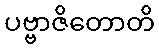
ပဗ္ဗာဇိတောတိ